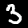
Label: 3